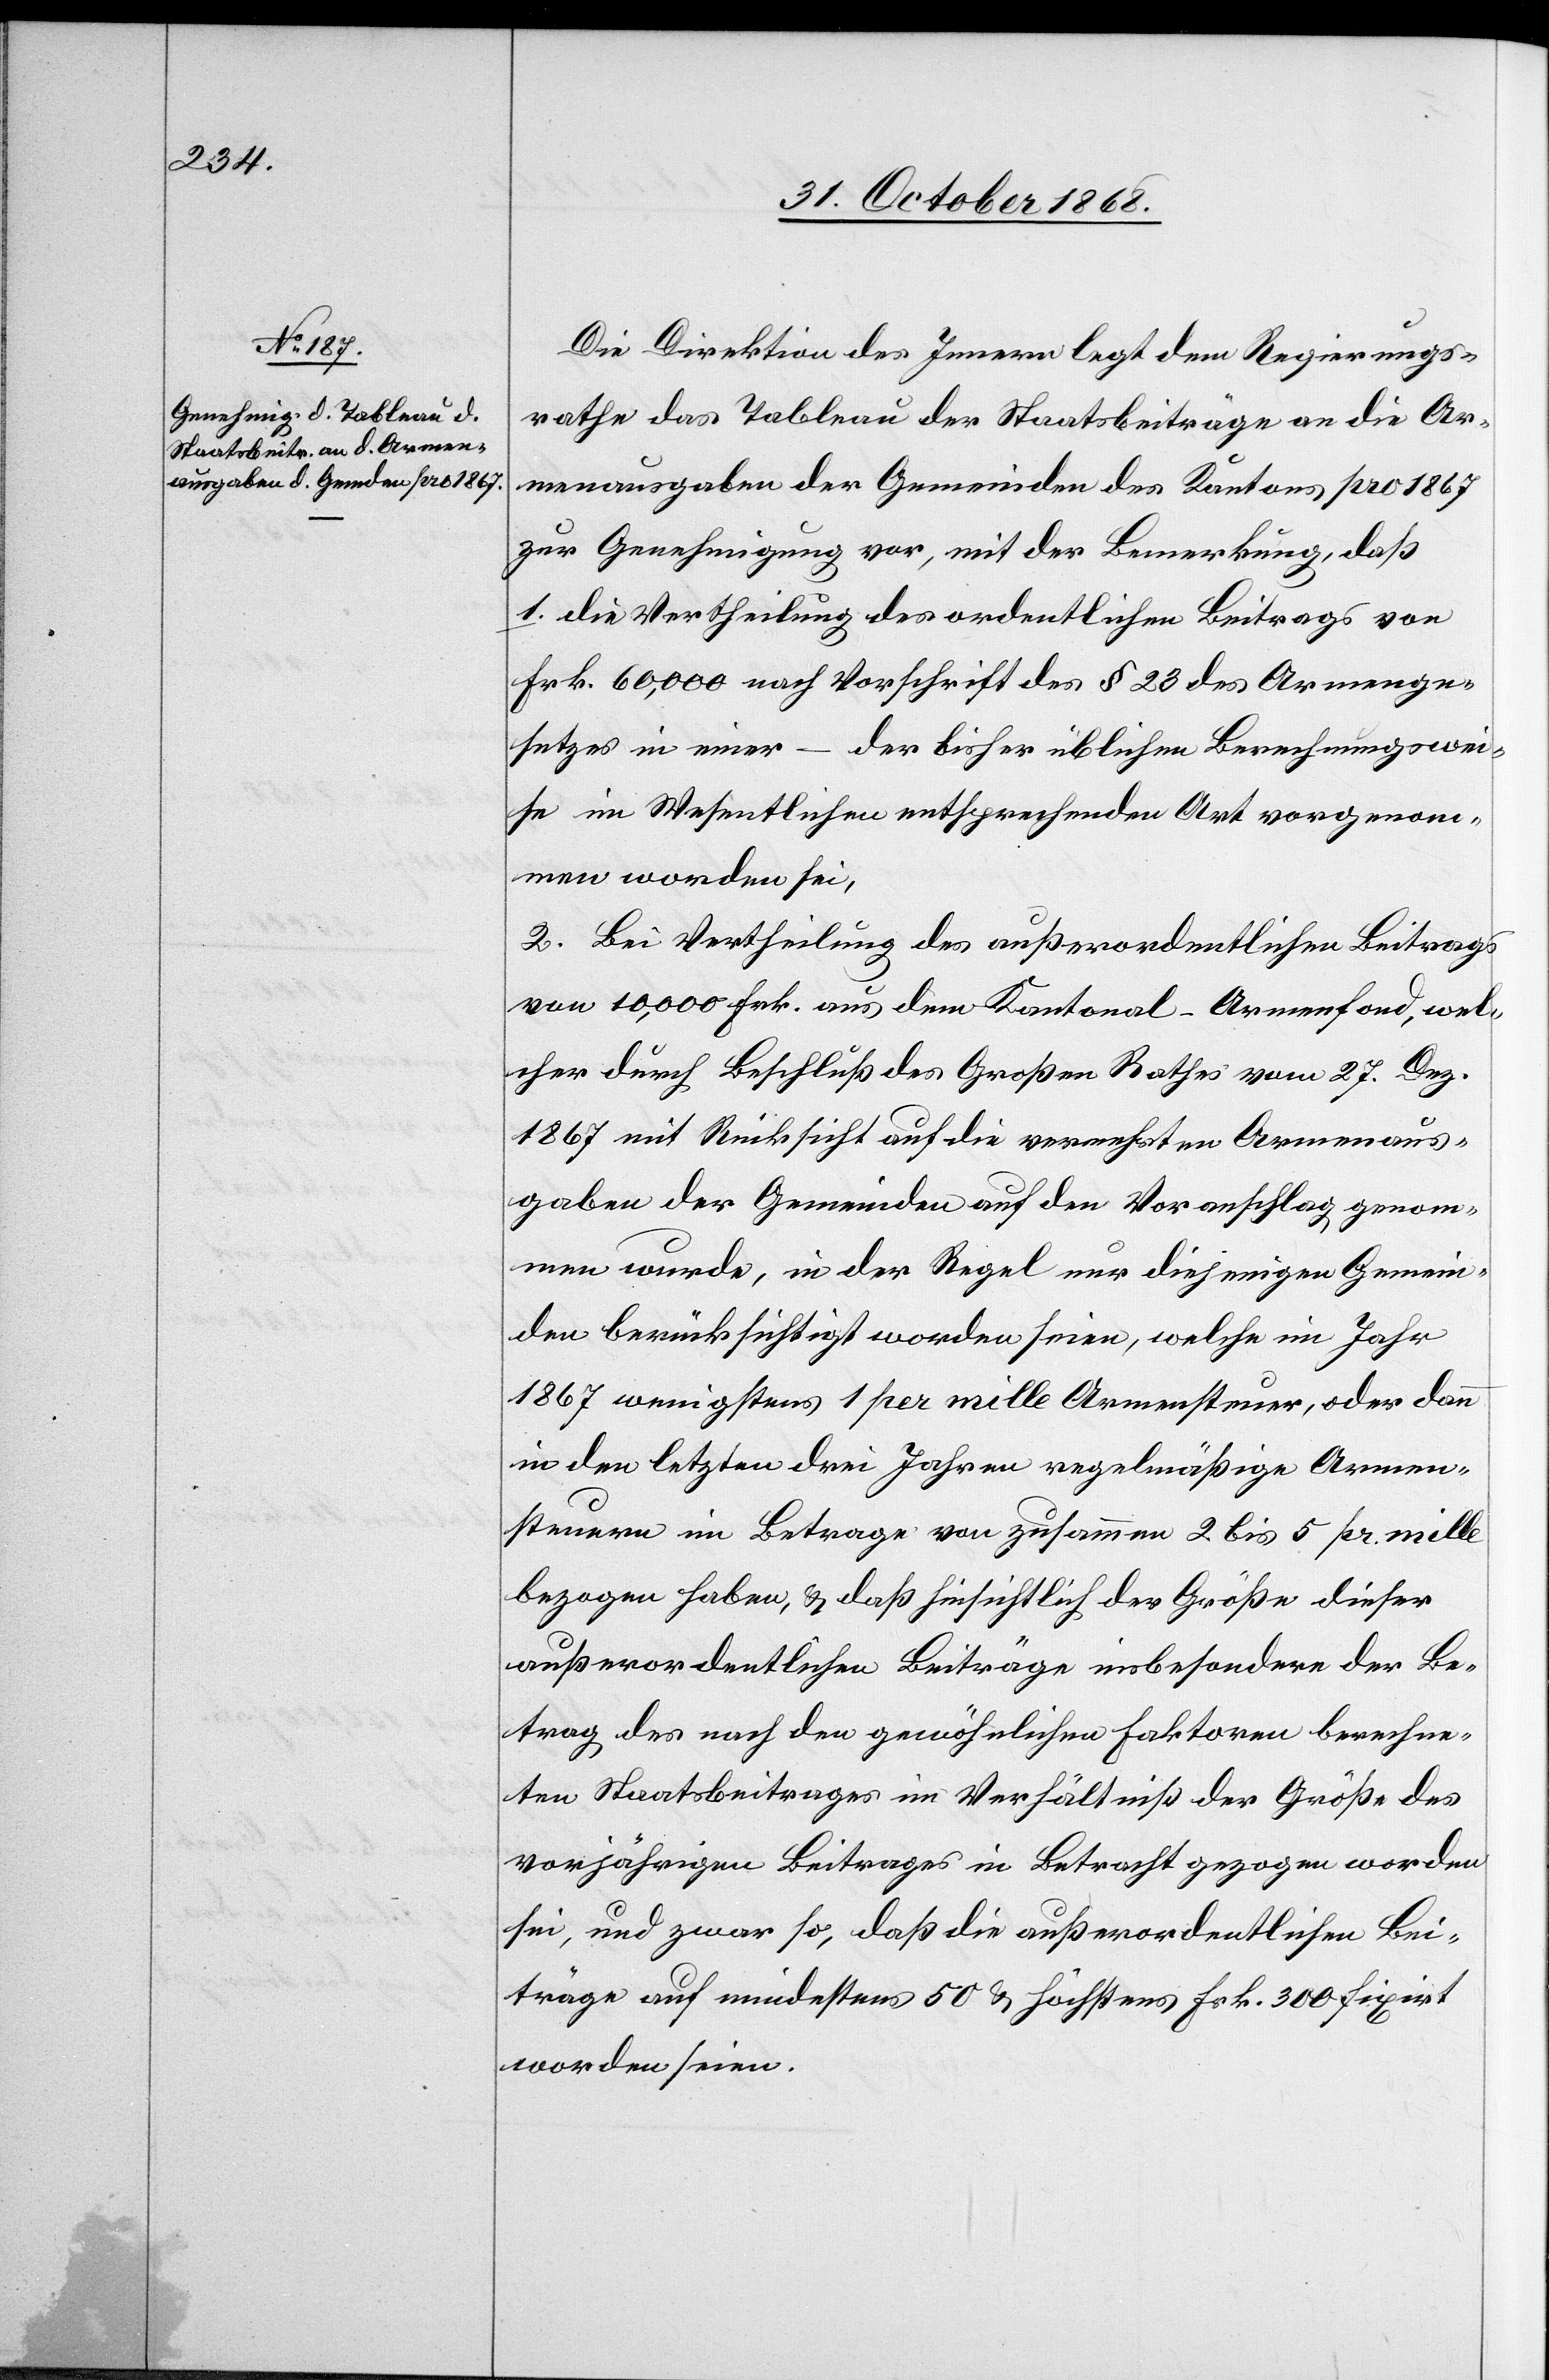
Die Direktion des Innern legt dem Regierungs¬
rathe das Tableau der Staatsbeiträge an die Ar¬
menausgaben der Gemeinden des Kantons pro 1867
zur Genehmigung vor, mit der Bemerkung, daß
1. die Vertheilung des ordentlichen Beitrags von
Frk. 60,000 nach Vorschrift des § 23 des Armenge¬
setzes in einer – der bisher üblichen Berechnungswei¬
se im Wesentlichen entsprechenden Art vorgenom¬
men worden sei,
2. Bei Vertheilung des außerordentlichen Beitrags
von 10,000 Frk. aus dem Kantonal-Armenfond, wel¬
cher durch Beschluß des Großen Rathes vom 27. Dez.
1867 mit Rücksicht auf die vermehrten Armenaus¬
gaben der Gemeinden auf den Voranschlag genom¬
men wurde, in der Regel nur diejenigen Gemein¬
den berücksichtigt worden seien, welche im Jahr
1867 wenigstens 1 per mille Armensteuer, oder dann
in den letzten drei Jahren regelmäßige Armen¬
steuern im Betrage von zusammen 2 bis 5 pr. mille
bezogen haben, & daß hinsichtlich der Größe dieser
außerordentlichen Beiträge insbesondere der Be¬
trag des nach den gewöhnlichen Faktoren berechne¬
ten Staatsbeitrages im Verhältniß der Größe des
vorjährigen Beitrages in Betracht gezogen worden
sei, und zwar so, daß die außerordentlichen Bei¬
träge auf mindestens 50 & höchstens Frk. 300 fixirt
worden seien.